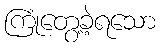
ကြုံတွေ့ခဲ့ရသော